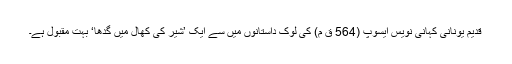
قدیم یونانی کہانی نویس ایسوپ (564 ق م) کی لوک داستانوں میں سے ایک ’شیر کی کھال میں گدھا‘ بہت مقبول ہے۔